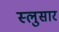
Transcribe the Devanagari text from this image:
स्लुसार